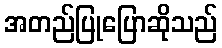
အတည်ပြုပြောဆိုသည်